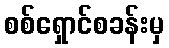
စစ်ရှောင်စခန်းမှ